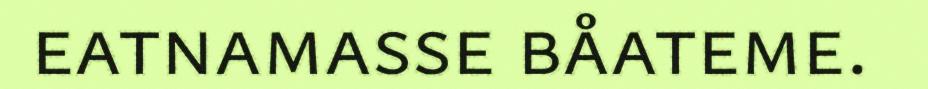
eatnamasse båateme.